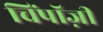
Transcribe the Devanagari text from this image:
चिंपाॅज़ी